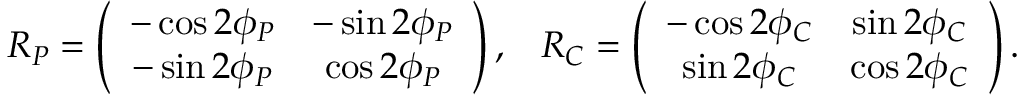
\begin{array} { c c } { { R _ { P } = \left( \begin{array} { c c } { { - \cos 2 \phi _ { P } } } & { { - \sin 2 \phi _ { P } } } \\ { { - \sin 2 \phi _ { P } } } & { { \cos 2 \phi _ { P } } } \end{array} \right) , } } & { { R _ { C } = \left( \begin{array} { c c } { { - \cos 2 \phi _ { C } } } & { { \sin 2 \phi _ { C } } } \\ { { \sin 2 \phi _ { C } } } & { { \cos 2 \phi _ { C } } } \end{array} \right) . } } \end{array}